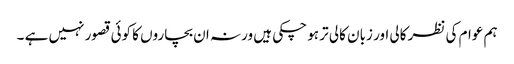
ہم عوام کی نظر کالی اور زبان کالی تر ہو چکی ہیں ورنہ ان بچاروں کا کوئی قصور نہیں ہے ۔